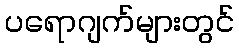
ပရောဂျက်များတွင်